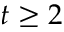
t \geq 2